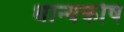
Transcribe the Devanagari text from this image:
धान्यकोष